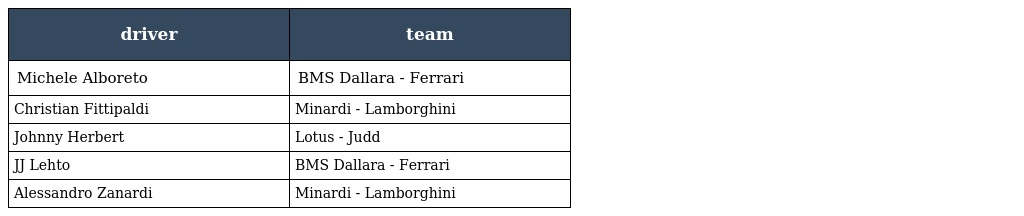
| driver | team |
 | --- | --- |
 | Michele Alboreto | BMS Dallara - Ferrari |
 | Christian Fittipaldi | Minardi - Lamborghini |
 | Johnny Herbert | Lotus - Judd |
 | JJ Lehto | BMS Dallara - Ferrari |
 | Alessandro Zanardi | Minardi - Lamborghini |